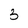
Character: 3